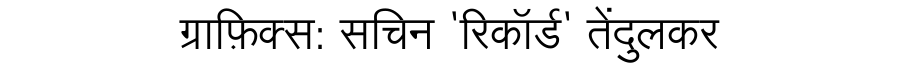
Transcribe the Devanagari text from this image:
ग्राफ़िक्स: सचिन 'रिकॉर्ड' तेंदुलकर